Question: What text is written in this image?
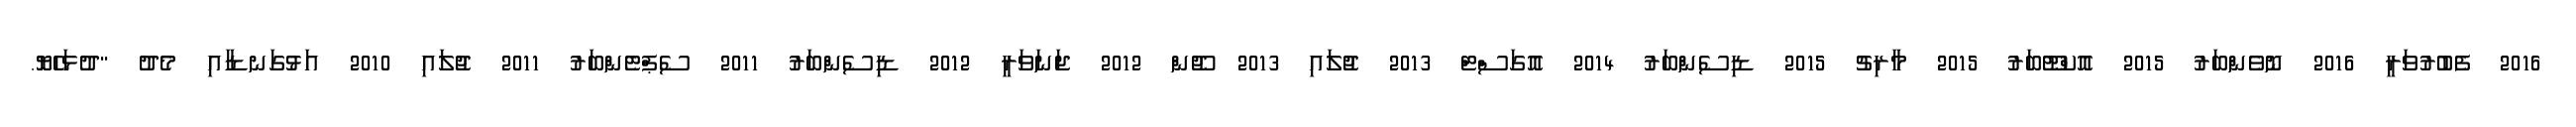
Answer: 2016 ފެބުރުވަރީ 2016 ނޮވެންބަރު 2015 އޮކްޓޫބަރު 2015 މާރިޗު 2015 ޑިސެންބަރު 2014 އޮގަސްޓް 2013 ޖުލައި 2013 ޖޫން 2012 ޖަނަވަރީ 2012 ޑިސެންބަރު 2011 ސެޕްޓެންބަރު 2011 ޖުލައި 2010 އަޅުގަނޑާއި މެދު "ދުޅަހެޔޮ.